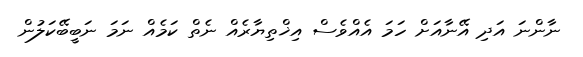
ނާންނަ އަދި އޭނާއަށް ހަމަ އެއްވެސް އިޚްތިޔާރެއް ނެތް ކަމެއް ނަމަ ނަބީބޭކަލުން